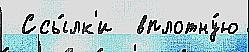
 Ссы́лк'и  вплотну́ю